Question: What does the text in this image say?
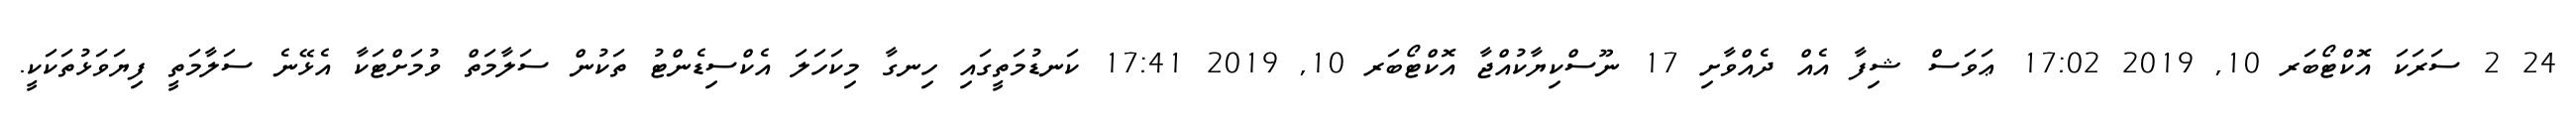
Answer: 24 2 ސަރަކަ އޮކްޓޯބަރ 10, 2019 17:02 ޢަވަސް ޝިފާ އެއް ދެއްވާށި 17 ނޫސްކިޔާކުއްޖާ އޮކްޓޯބަރ 10, 2019 17:41 ކަނޑުމަތީގައި ހިނގާ މިކަހަލަ އެކްސިޑެންޓު ތަކުން ސަލާމަތް ވުމަށްޓަކާ އެޅޭނެ ސަލާމަތީ ފިޔަވަޅުތަކަކީ.